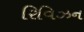
રિવિઝન